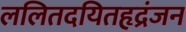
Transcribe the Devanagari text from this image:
ललितदयितहृद्रंजन